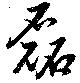
磊